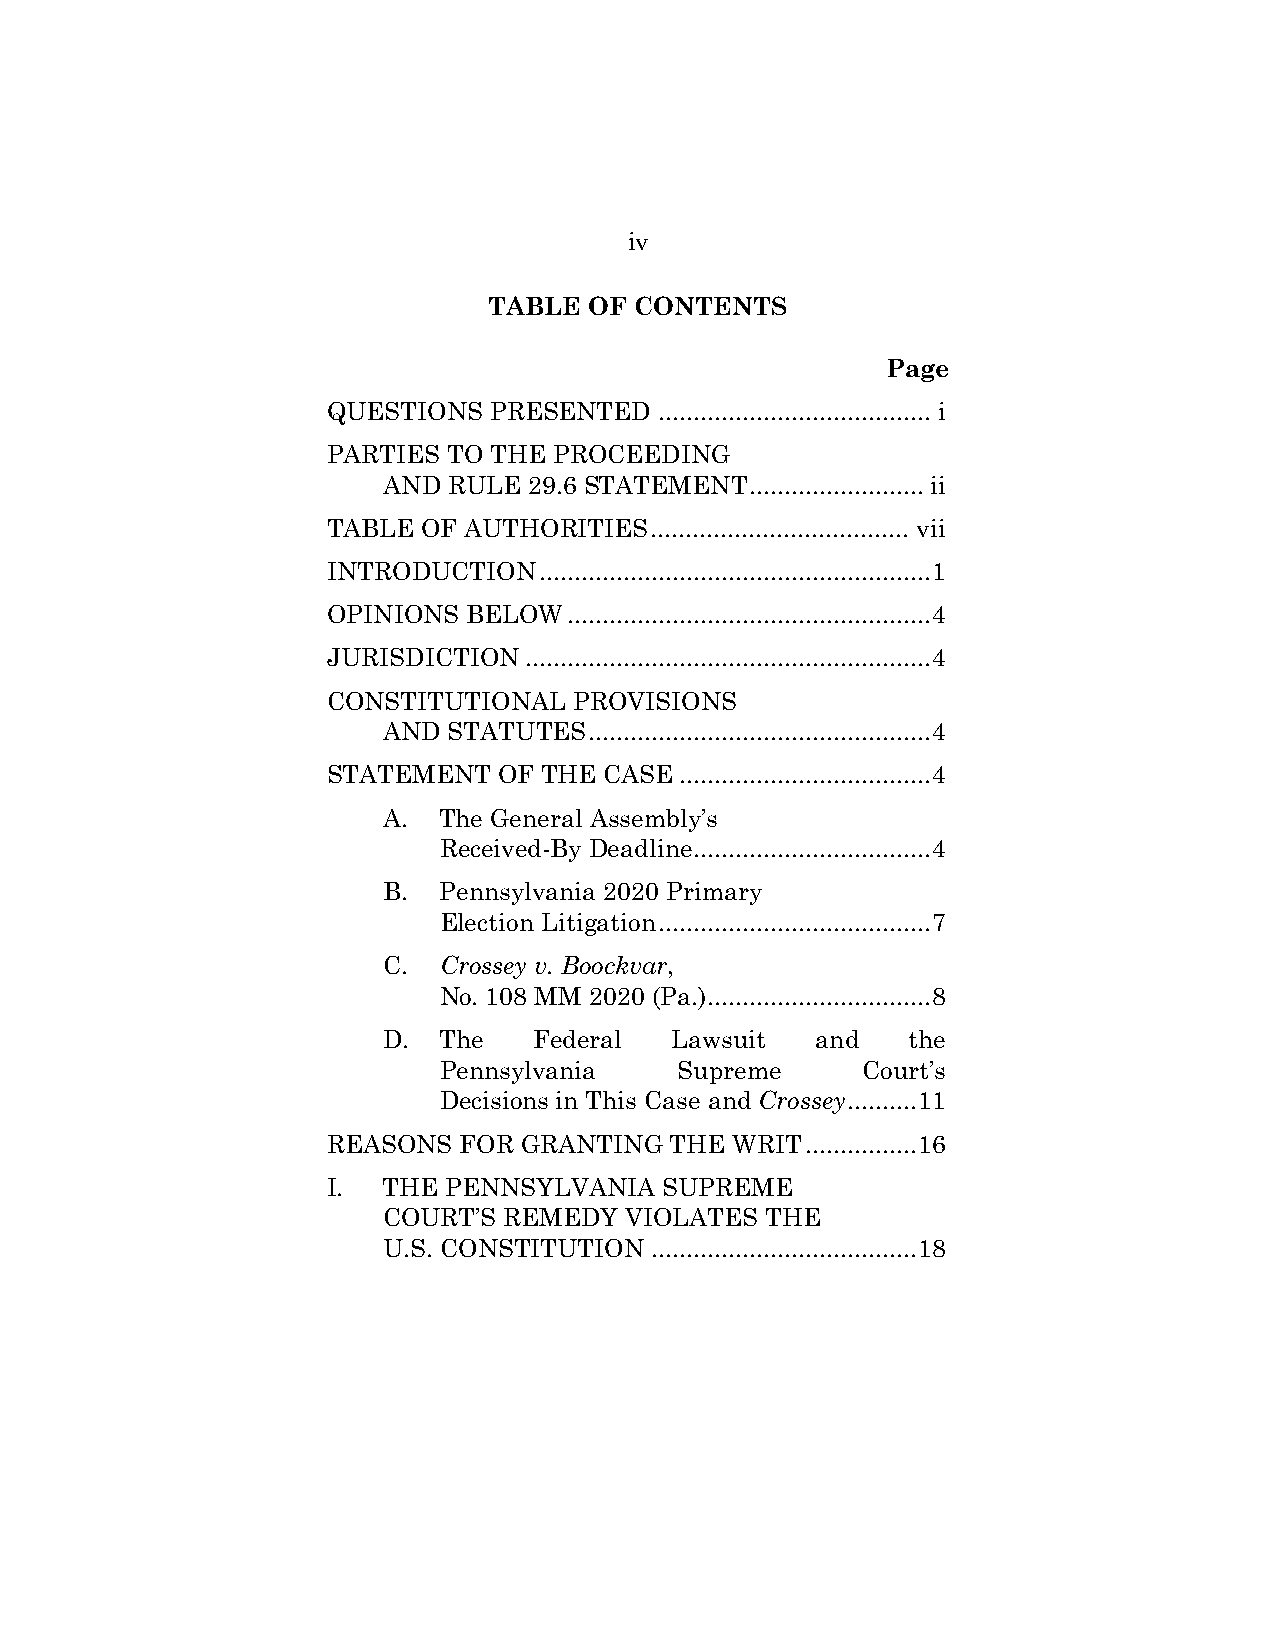
iv
 TABLE  OF CONTENTS
 Page
 QUESTIONS PRESENTED   ....................................... i
 PARTIES TO THE PROCEEDING
 AND  RULE 29.6 STATEMENT ......................... ii
 TABLE OF AUTHORITIES ..................................... vii
 INTRODUCTION  ........................................................ 1
 OPINIONS BELOW  .................................................... 4
 JURISDICTION .......................................................... 4
 CONSTITUTIONAL  PROVISIONS
 AND  STATUTES ................................................. 4
 STATEMENT  OF THE CASE .................................... 4
 A.  The General Assembly’s
 Received-By Deadline .................................. 4
 B.  Pennsylvania 2020 Primary
 Election Litigation ....................................... 7
 C.  Crossey v. Boockvar,
 No. 108 MM 2020 (Pa.) ................................ 8
 D.  The   Federal  Lawsuit   and   the
 Pennsylvania    Supreme     Court’s
 Decisions in This Case and Crossey .......... 11
 REASONS FOR GRANTING  THE  WRIT ................ 16
 I. THE  PENNSYLVANIA  SUPREME
 COURT’S REMEDY  VIOLATES  THE
 U.S. CONSTITUTION ...................................... 18